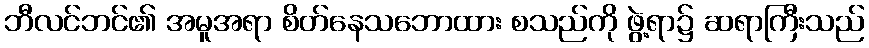
ဘီလင်ဘင်၏ အမူအရာ စိတ်နေသဘောထား စသည်ကို ဖွဲ့ရာ၌ ဆရာကြီးသည်